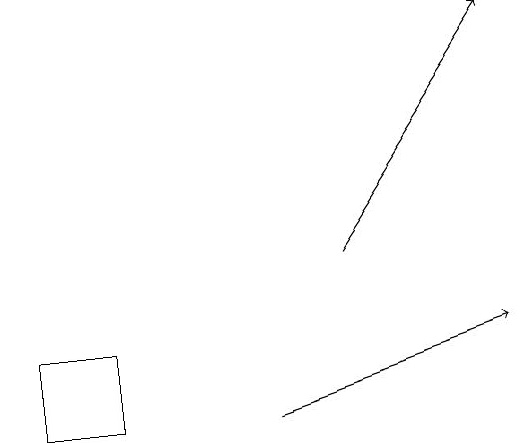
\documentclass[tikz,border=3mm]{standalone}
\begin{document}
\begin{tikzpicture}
\draw[->] (6,16) -- (8,19);
\draw (3,15) rectangle (2,14);
\draw[->] (5,14) -- (8,15);
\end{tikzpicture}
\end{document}